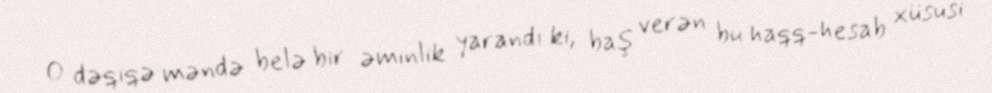
O dəqiqə məndə belə bir əminlik yarandı ki, baş verən bu haqq-hesab xüsusi